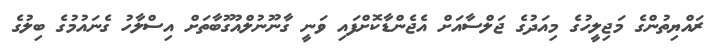
ރައްޔިތުންގެ މަޖިލީހުގެ މިއަދުގެ ޖަލްސާއަށް އެޖެންޑާކޮށްފައި ވަނީ ގާނޫނުލްއުގޫބާތަށް އިސްލާހު ގެނައުމުގެ ބިލުގެ